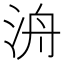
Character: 洀